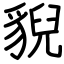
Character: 貎